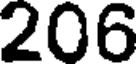
206